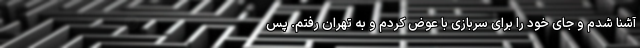
آشنا شدم و جای خود را برای سربازی با عوض کردم و به تهران رفتم. پس